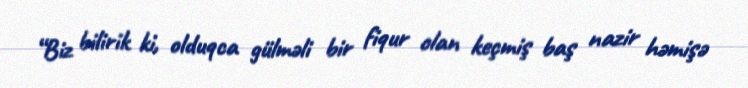
“Biz bilirik ki, olduqca gülməli bir fiqur olan keçmiş baş nazir həmişə